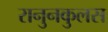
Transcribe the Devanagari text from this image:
रानुनकुलस